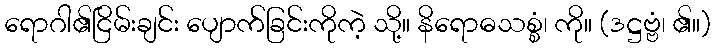
ရောဂါ၏ငြိမ်းချင်း ပျောက်ခြင်းကိုကဲ့ သို့။ နိရောဓသစ္စံ၊ ကို။ (ဒဋ္ဌဗ္ဗံ၊ ၏။)